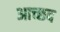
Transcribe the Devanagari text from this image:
आच्छद